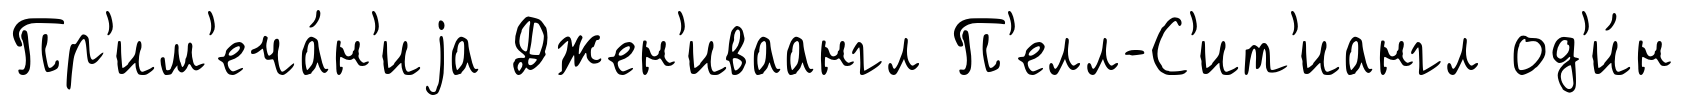
Пр'им'еча́н'иjа Джен'иваангл П'елл-С'ит'иангл од'и́н